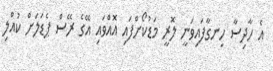
އެ ހާދިސާ ހިނގާފައިވަނީ ލޮރީ މަޑުކޯށްފައި އޮއްވައި އޭގެ ރޭސް ޕެޑަލަށް ކުއްލި